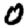
Digit: 0